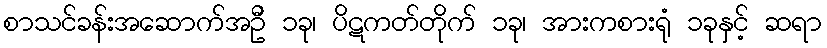
စာသင်ခန်းအဆောက်အဦ ၁ခု၊ ပိဋကတ်တိုက် ၁ခု၊ အားကစားရုံ ၁ခုနှင့် ဆရာ